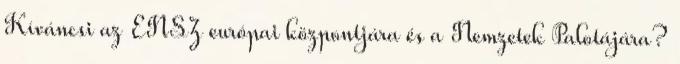
Kíváncsi az ENSZ európai központjára és a Nemzetek Palotájára?